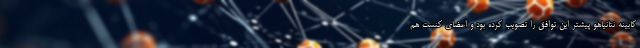
کابینه نتانیاهو پیشتر این توافق را تصویب کرده بود و اعضای کنست هم